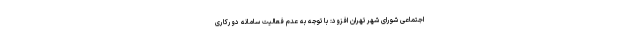
اجتماعی شورای شهر تهران افزود: با توجه به عدم فعالیت سامانه دورکاری